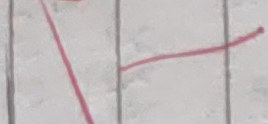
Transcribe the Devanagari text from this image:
न